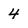
Character: 4